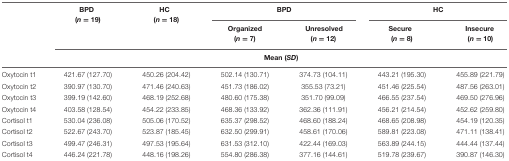
<table><thead><tr><td></td><td><b>BPD (<i>n</i> = 19)</b></td><td><b>HC (<i>n</i> = 18)</b></td><td colspan="2"><b>BPD</b></td><td colspan="2"><b>HC</b></td></tr><tr><td></td><td></td><td></td><td><b>Organized (<i>n</i> = 7)</b></td><td><b>Unresolved (<i>n</i> = 12)</b></td><td><b>Secure (<i>n</i> = 8)</b></td><td><b>Insecure (<i>n</i> = 10)</b></td></tr><tr><td></td><td colspan="6"><b>Mean (<i>SD</i>)</b></td></tr></thead><tbody><tr><td>Oxytocin t1</td><td>421.67 (127.70)</td><td>450.26 (204.42)</td><td>502.14 (130.71)</td><td>374.73 (104.11)</td><td>443.21 (195.30)</td><td>455.89 (221.79)</td></tr><tr><td>Oxytocin t2</td><td>390.97 (130.70)</td><td>471.46 (240.63)</td><td>451.73 (186.02)</td><td>355.53 (73.21)</td><td>451.46 (225.54)</td><td>487.56 (263.01)</td></tr><tr><td>Oxytocin t3</td><td>399.19 (142.60)</td><td>468.19 (252.68)</td><td>480.60 (175.38)</td><td>351.70 (99.09)</td><td>466.55 (237.54)</td><td>469.50 (276.96)</td></tr><tr><td>Oxytocin t4</td><td>403.58 (128.54)</td><td>454.22 (233.85)</td><td>468.36 (133.92)</td><td>362.36 (111.91)</td><td>456.21 (214.54)</td><td>452.62 (259.80)</td></tr><tr><td>Cortisol t1</td><td>530.04 (236.08)</td><td>505.06 (170.52)</td><td>635.37 (298.52)</td><td>468.60 (188.24)</td><td>468.65 (208.98)</td><td>454.19 (120.35)</td></tr><tr><td>Cortisol t2</td><td>522.67 (243.70)</td><td>523.87 (185.45)</td><td>632.50 (299.91)</td><td>458.61 (170.06)</td><td>589.81 (223.08)</td><td>471.11 (138.41)</td></tr><tr><td>Cortisol t3</td><td>499.47 (246.31)</td><td>497.53 (195.64)</td><td>631.53 (312.10)</td><td>422.44 (169.03)</td><td>563.89 (244.15)</td><td>444.44 (137.44)</td></tr><tr><td>Cortisol t4</td><td>446.24 (221.78)</td><td>448.16 (198.26)</td><td>554.80 (286.38)</td><td>377.16 (144.61)</td><td>519.78 (239.67)</td><td>390.87 (146.30)</td></tr></tbody></table>